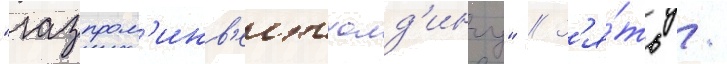
"газпром'инв'естхолд'ингу" // З'я́ть /